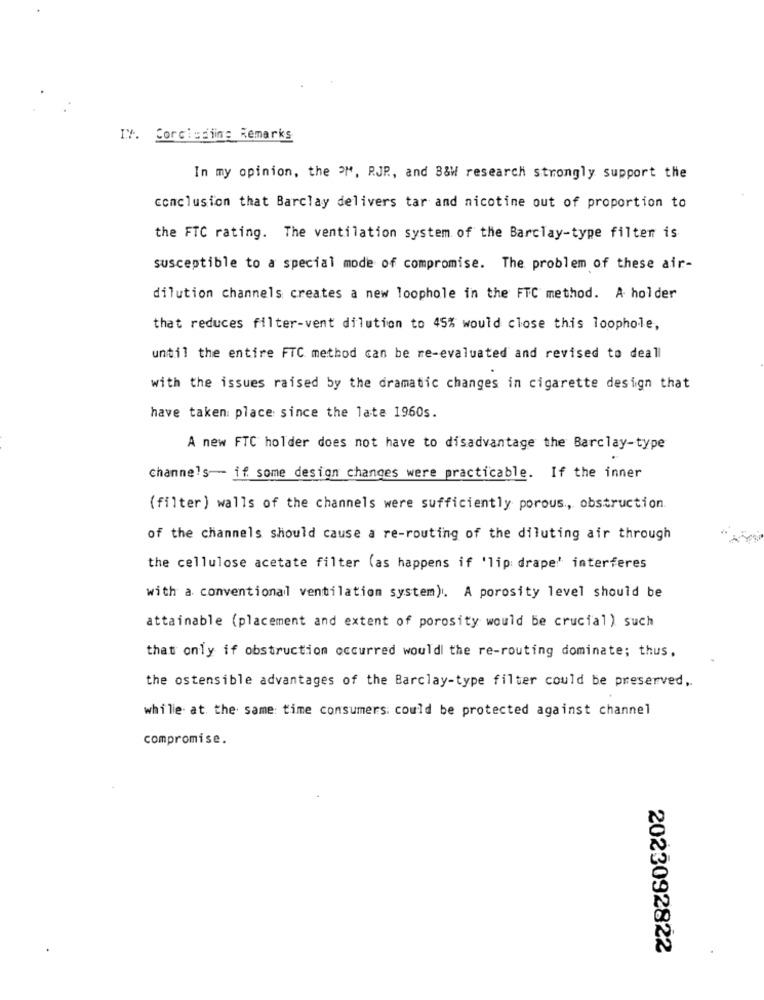
IV. Corciudiing Remarks
In my opinion, the PM, RJR ., and B&W research strongly support the
conclusion that Barclay delivers tar and nicotine out of proportion to
the FTC rating. The ventilation system of the Barclay-type filter is
susceptible to a special mode of compromise. The problem of these air-
dilution channels creates a new loophole in the FTC method. A holder
that reduces filter-vent dilution to 45% would close this loophole,
until the entire FTC method can be re-evaluated and revised to deall
with the issues raised by the dramatic changes in cigarette design that
have taken place since the late 1960s.
A new FTC holder does not have to disadvantage the Barclay-type
channels -- if some design changes were practicable. If the inner
(filter) walls of the channels were sufficiently porous, obstruction.
of the channels should cause a re-routing of the diluting air through
the cellulose acetate filter (as happens if 'lip drape' interferes
with a conventional ventilation system). A porosity level should be
attainable (placement and extent of porosity would be crucial) such
that only if obstruction occurred wouldl the re-routing dominate; thus,
the ostensible advantages of the Barclay-type filter could be preserved ..
while at the same time consumers: could be protected against channel
compromise.
2023092822